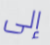
إلى